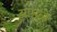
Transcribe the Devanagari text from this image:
यामु़ळे